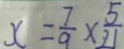
x = \frac { 7 } { 9 } \times \frac { 5 } { 2 1 }